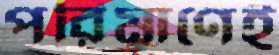
পরিমাণেই